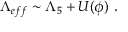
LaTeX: \Lambda _ { e f f } \sim \Lambda _ { 5 } + U ( \phi ) \ .